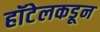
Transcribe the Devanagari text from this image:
हॉटेलकडून